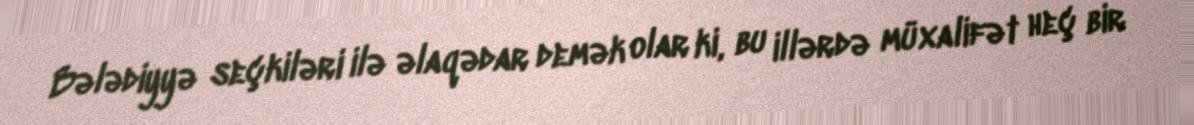
Bələdiyyə seçkiləri ilə əlaqədar demək olar ki, bu illərdə müxalifət heç bir